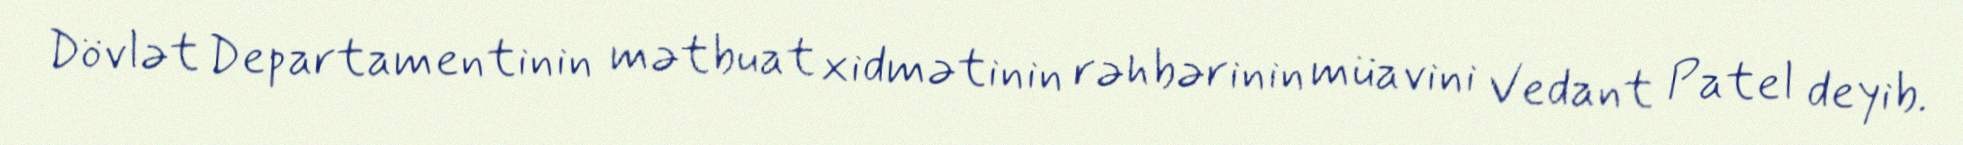
Dövlət Departamentinin mətbuat xidmətinin rəhbərinin müavini Vedant Patel deyib.